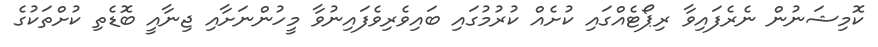
ކޮމިޝަނުން ނެރެފައިވާ ރިޕޯޓެއްގައި ކުށެއް ކުރުމުގައި ބައިވެރިވެފައިނުވާ މީހުންނަށާއި ޖިނާއީ ބޮޑެތި ކުށްތަކުގެ